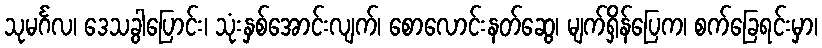
သုမင်္ဂလ၊ ဒေသခွါပြောင်း၊ သုံးနှစ်အောင်းလျက်၊ စောလောင်းနတ်ဆွေ၊ မျက်ရှိန်ပြေက၊ စက်ခြေရင်းမှာ၊